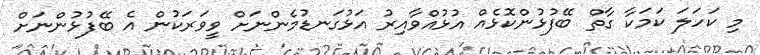
މި ކަހަލަ ކަމަކާ ގާތް ބޭފުޅުންކޮޅެއް އުޅުއްވާއިރު އަޅުގަނޑުމެންނަށް ވީވަރަކުން އެ ބޭފުޅުންނަށް